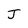
Character: J